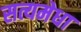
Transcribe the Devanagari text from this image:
सत्यमेधा